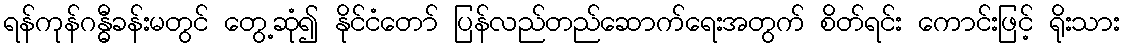
ရန်ကုန်ဂန္ဓီခန်းမတွင် တွေ့ဆုံ၍ နိုင်ငံတော် ပြန်လည်တည်ဆောက်ရေးအတွက် စိတ်ရင်း ကောင်းဖြင့် ရိုးသား